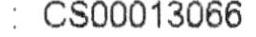
: CS00013066